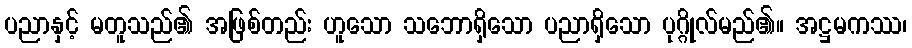
ပညာနှင့် မတူသည်၏ အဖြစ်တည်း ဟူသော သဘောရှိသော ပညာရှိသော ပုဂ္ဂိုလ်မည်၏။ အဋ္ဌမကဿ၊